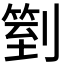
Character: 𠟅